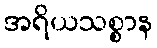
အရိယသစ္စာန